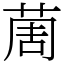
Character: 䓟